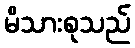
မိသားစုသည်